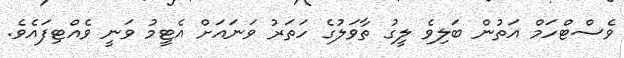
ވެސްޓްހަމް އަތުން ބަލިވެ ލީގު ތާވަލުގެ ހަތަރު ވަނައަށް އެޓީމު ވަނީ ވެއްޓިފައެވެ.